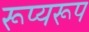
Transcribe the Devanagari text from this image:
रूप्यरूप